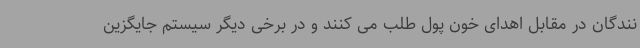
نندگان در مقابل اهدای خون پول طلب می کنند و در برخی دیگر سیستم جایگزین